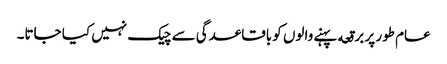
عام طور پر برقعه پہنے والوں کو باقاعدگی سے چیک نہیں کیا جاتا۔